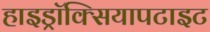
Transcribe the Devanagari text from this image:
हाइड्रॉक्सियापटाइट